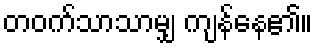
တဝက်သာသာမျှ ကျန်နေ၏။